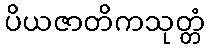
ပိယဇာတိကသုတ္တံ